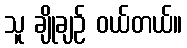
သူ ချိုချဉ် ဝယ်တယ်။